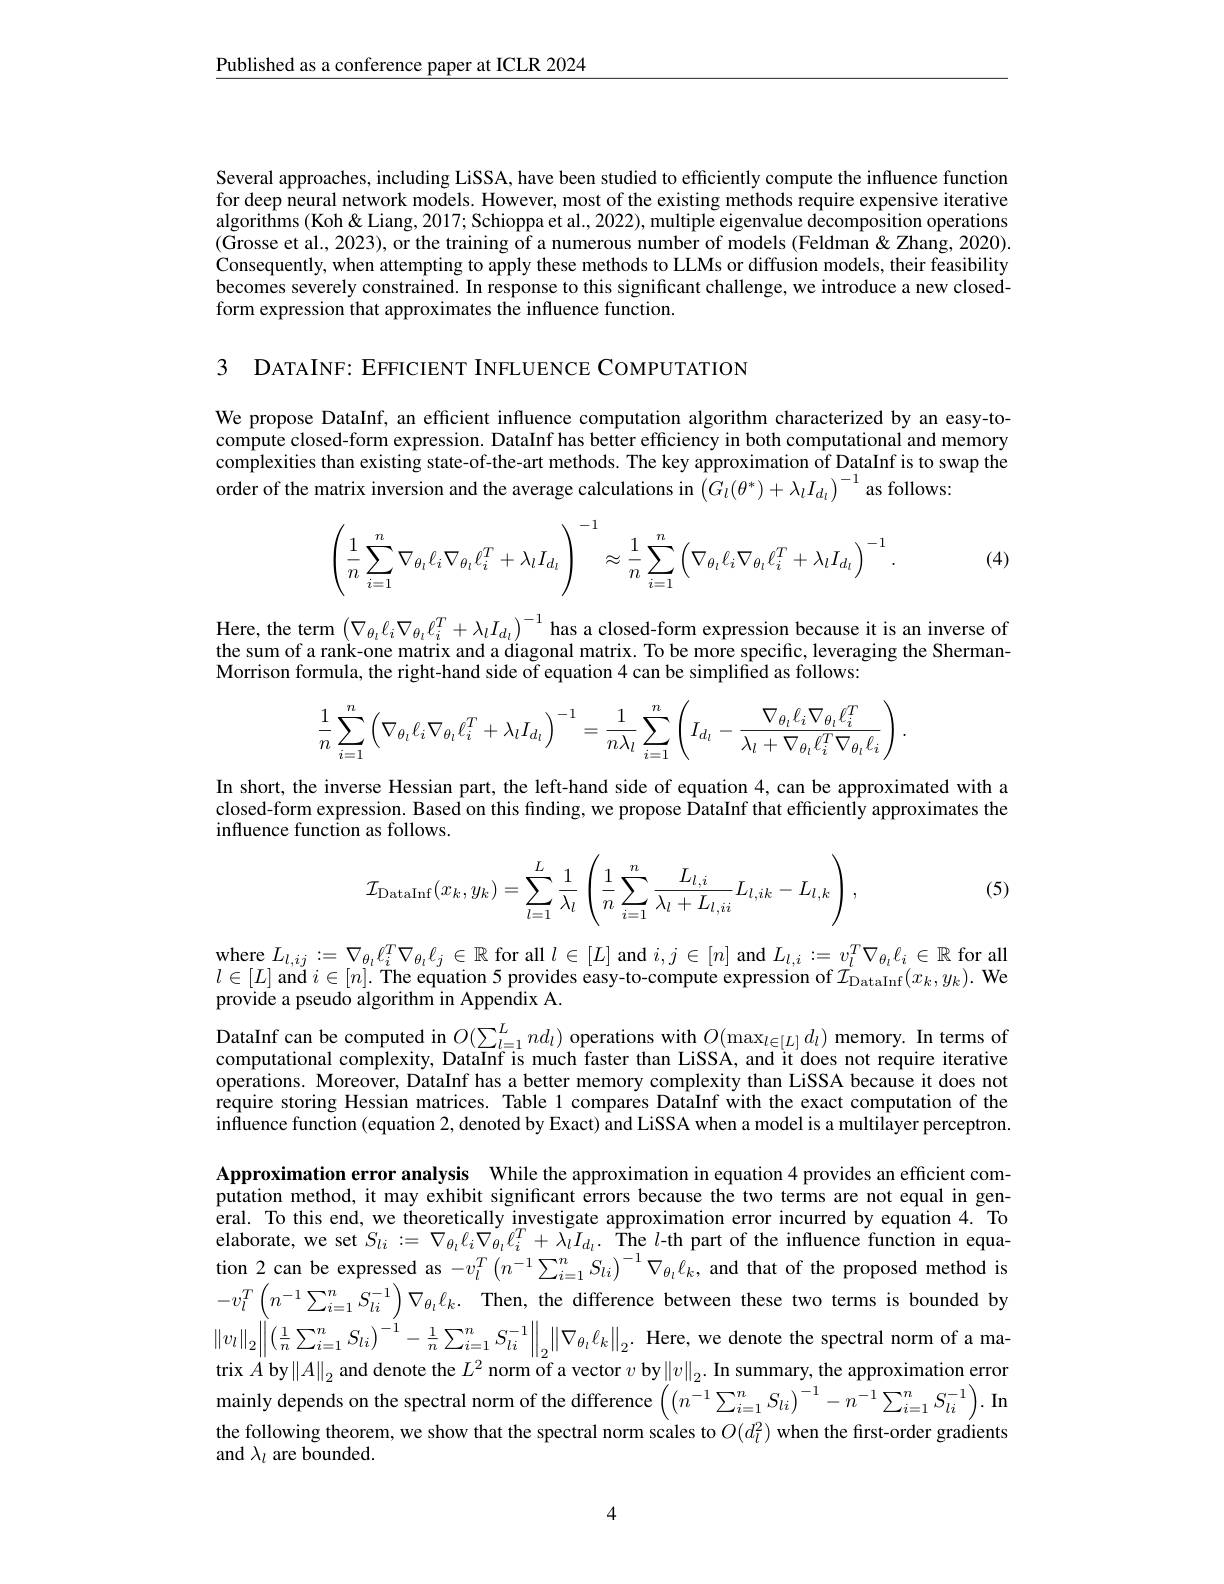
$\underline{\text{Published as a conference paper at ICLR 2024}}$

Several approaches, including LiSSA, have been studied to efficiently compute the influence function for deep neural network models. However, most of the existing methods require expensive iterative algorithms (Koh&Liang,2017; Schioppa et al., 2022), multiple eigenvalue decomposition operations (Grosse et al., 2023), or the training of a numerous number of models (Feldman&Zhang, 2020). Consequently, when attempting to apply these methods to LLMs or diffusion models, their feasibility becomes severely constrained. In response to this significant challenge, we introduce a new closedform expression that approximates the influence function.

3 DATAINF: EFFICIENT INFLUENCE COMPUTATION

We propose DataInf, an efficient influence computation algorithm characterized by an easy-tocompute closed-form expression. DataInf has better efficiency in both computational and memory complexities than existing state-of-the-art methods. The key approximation of DataInf is to swap the order of the matrix inversion and the average calculations in $\left(G_{l}(\theta^{*})+\lambda_{l}I_{d_{l}}\right)^{-1}$ as follows:
$$\left(\dfrac1n\sum_{i=1}^n\nabla_{\theta_l}\ell_i\nabla_{\theta_l}\ell_i^T+\lambda_lI_{d_l}\right)^{-1}\approx\dfrac1n\sum_{i=1}^n\left(\nabla_{\theta_l}\ell_i\nabla_{\theta_l}\ell_i^T+\lambda_lI_{d_l}\right)^{-1}.$$
(4)

Here, the term $\left(\nabla_{\theta_{l}}\ell_{i}\nabla_{\theta_{l}}\ell_{i}^{T}+\lambda_{l}I_{d_{l}}\right)^{-1}$ has a closed-form expression because it is an inverse of the sum of a rank-one matrix and a diagonal matrix. To be more specific, leveraging the ShermanMorrison formula, the right-hand side of equation 4 can be simplified as follows:
$$\dfrac{1}{n}\sum_{i=1}^n\left(\nabla_{\theta_l}\ell_i\nabla_{\theta_l}\ell_i^T+\lambda_lI_{d_l}\right)^{-1}=\dfrac{1}{n\lambda_l}\sum_{i=1}^n\left(I_{d_l}-\dfrac{\nabla_{\theta_l}\ell_i\nabla_{\theta_l}\ell_i^T}{\lambda_l+\nabla_{\theta_l}\ell_i^T\nabla_{\theta_l}\ell_i}\right).$$
In short, the inverse Hessian part, the left-hand side of equation 4, can be approximated with a closed-form expression. Based on this finding, we propose DataInf that efficiently approximates the influence function as follows.
$$\mathcal{I}_{\text{DataInf}}(x_k,y_k)=\sum\limits_{l=1}^L\frac{1}{\lambda_l}\left(\frac{1}{n}\sum\limits_{i=1}^n\frac{L_{l,i}}{\lambda_l+L_{l,ii}}L_{l,ik}-L_{l,k}\right),$$
(5)

$\begin{array}{c}{\mathrm{where~}L_{l,ij}:=\nabla_{\theta_{l}}\ell_{i}^{T}\nabla_{\theta_{l}}\ell_{j}\in\mathbb{R}\text{ for all }l\in[L]\mathrm{~and~}i,j\in[n]\mathrm{~and~}L_{l,i}:=v_{l}^{T}\nabla_{\theta_{l}}\ell_{i}\in\mathbb{R}\mathrm{~for~all}}\\{\mathrm{where~}L_{l,ij}:=\nabla_{\theta_{l}}\ell_{i}^{T}\nabla_{\theta_{l}}\ell_{j}\in\mathbb{R}\mathrm{~for~all}}\\{\mathrm{where~}L_{l,ij}:=\nabla_{\theta_{l}}\ell_{i}^{T}\nabla}\end{array}$ $l\in[L]$ and $i\in[n].$ The equation 5 provides easy-to-compute expression of $\mathcal{I}_{\mathrm{DataInf}}^{l}(x_{k},y_{k}).$ We provide a pseudo algorithm in Appendix A.

DataInf can be computed in $O(\sum_{l=1}^Lnd_l)$ operations with $O(\max_{l\in[L]}d_l)$ memory. In terms of computational complexity, DataInf is much faster than LiSSA, and it does not require iterative operations. Moreover, DataInf has a better memory complexity than LiSSA because it does not require storing Hessian matrices. Table l compares DataInf with the exact computation of the influence function (equation 2, denoted by Exact) and LiSSA when a model is a multilayer perceptron. Approximation error analysis While the approximation in equation 4 provides an efficient computation method, it may exhibit significant errors because the two terms are not equal in general. To this end, we theoretically investigate approximation error incurred by equation 4. To elaborate, we set $S_{li}:=\nabla_{\theta_{l}}\ell_{i}\nabla_{\theta_{l}}\ell_{i}^{T}+\tilde{\lambda}_{l}I_{d_{l}}.$ The $l$-th part of the influence function in equation 2 can be expressed as $-v_l^T\left(n^{-1}\sum_{i=1}^nS_{li}\right)^{-1}\nabla_{\theta_i}\ell_k$, and that of the proposed method is $-v_l^T\left(n^{-1}\sum_{i=1}^nS_{li}^{-1}\right)\nabla_{\theta_i}\ell_k.$ Then, the difference between these two terms is bounded by $\left\|v_{l}\right\|_{2}\left\|\left(\frac{1}{n}\sum_{i=1}^{n}S_{li}\right)^{-1}-\frac{1}{n}\sum_{i=1}^{n}S_{li}^{-1}\right\|_{2}\left\|\nabla_{\theta_{l}}\ell_{k}\right\|_{2}.$ Here, we denote the spectral norm of a matrix $A$ by$\left\|A\right\|_2$ and denote the $L^2$ norm of a vector $v$ by$\left\|v\right\|_2.$ In summary, the approximation error mainly depends on the spectral norm of the difference $\left(\left(\bar{n^{-1}\sum_{i=1}^nS_{li}}\right)^{-1}-n^{-1}\sum_{i=1}^nS_{li}^{-1}\right).$ In the following theorem, we show that the spectral norm scales to $O(d_l^2)$ when the first-order gradients and $\lambda_l$ are bounded.